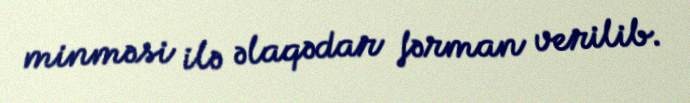
minməsi ilə əlaqədar fərman verilib.